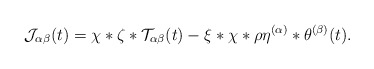
\begin{align*}\mathcal{J}_{\alpha\beta}(t)=\chi*\zeta*\mathcal{T}_{\alpha\beta}(t)-\xi*\chi*\rho\eta^{(\alpha)}*\theta^{(\beta)}(t).\end{align*}